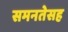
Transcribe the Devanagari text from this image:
समनतेसह